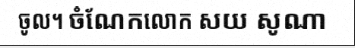
ចូល។ ចំណែកលោក សយ សូណា